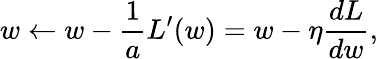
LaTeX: w\leftarrow w-\frac{1}{a}L^{\prime}(w)=w-\eta\frac{dL}{dw},